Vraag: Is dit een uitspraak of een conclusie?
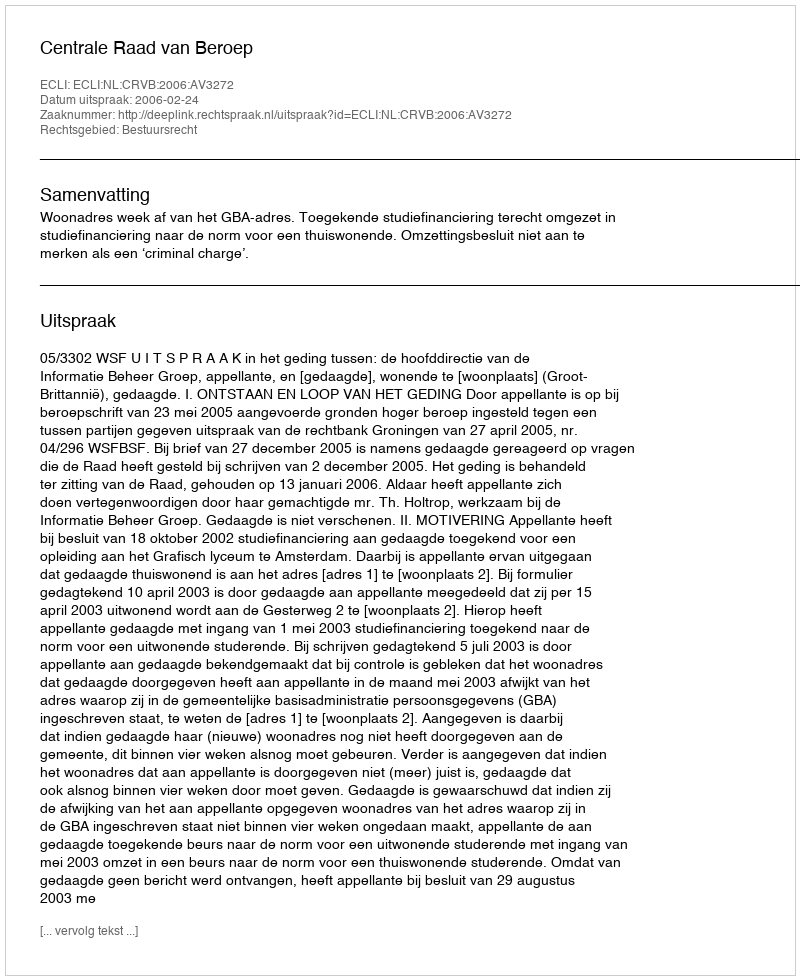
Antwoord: Uitspraak